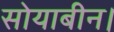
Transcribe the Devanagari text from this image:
सोयाबीन।